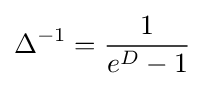
\Delta ^{-1}={\frac {1}{e^{D}-1}}